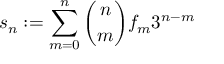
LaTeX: s _ { n } : = \sum _ { m = 0 } ^ { n } { \binom { n } { m } } f _ { m } 3 ^ { n - m }